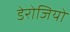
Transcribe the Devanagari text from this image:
डेरोजियो